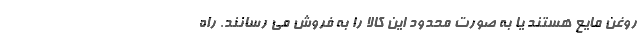
روغن مایع هستند یا به صورت محدود این کالا را به فروش می رسانند. راه